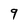
Character: 9